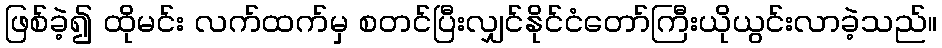
ဖြစ်ခဲ့၍ ထိုမင်း လက်ထက်မှ စတင်ပြီးလျှင်နိုင်ငံတော်ကြီးယိုယွင်းလာခဲ့သည်။